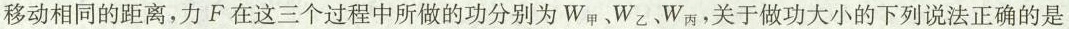
移动相同的距离，力F在这三个过程中所做的功分别为W_{甲}、W_{乙}、W_{丙}，关于做功大小的下列说法正确的是